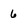
Character: 6